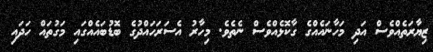
ޒިޔާރަތެއްވެސް އަދި މަހާނައެއްގެ ގާކޮޅެއްވެސް ނެތެވެ. މިހާރު އެސަރަހައްދުގެ ބޮޑުބައެއްގައި މަގުތައް ހަދައި